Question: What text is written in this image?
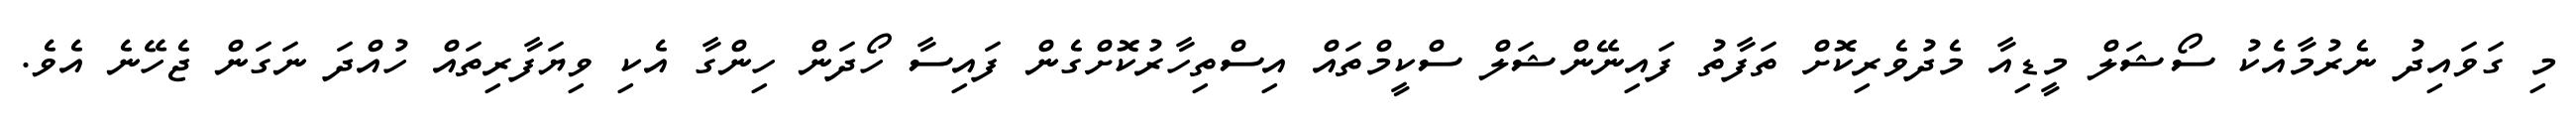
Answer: މި ގަވައިދު ނެރުމާއެކު ސޯޝަލް މީޑިއާ މެދުވެރިކޮށް ތަފާތު ފައިނޭންޝަލް ސްކީމްތައް އިސްތިހާރުކޮށްގެން ފައިސާ ހޯދަން ހިންގާ އެކި ވިޔަފާރިތައް ހުއްދަ ނަގަން ޖެހޭނެ އެވެ.